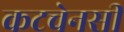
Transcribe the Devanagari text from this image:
कटचेनसी